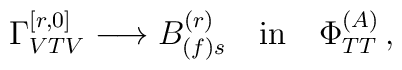
\Gamma^{[r,0]}_{VTV} \longrightarrow B^{(r)}_{(f)s} \quad {\rm{in}}\quad \Phi^{(A)}_{TT} \, ,